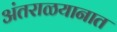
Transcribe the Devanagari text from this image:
अंतराळयानात